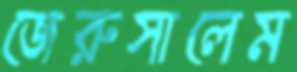
জেরুসালেম